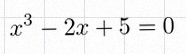
x^3-2x+5=0